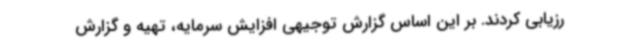
رزیابی کردند. بر این اساس گزارش توجیهی افزایش سرمایه، تهیه و گزارش